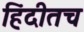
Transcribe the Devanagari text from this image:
हिंदीतच